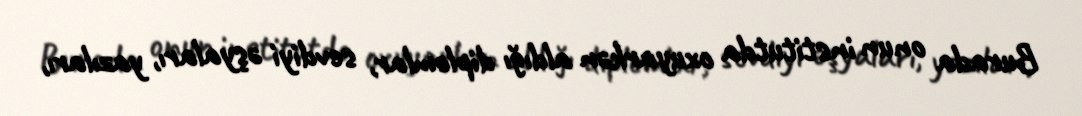
Burada onun institutda oxuyarkən aldığı diplomlar, sevdiyi əşyaları, yazıları,